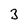
Character: 3